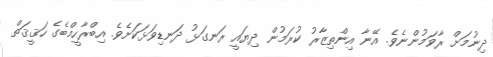
ދިނުމަށް ރާވަމުންނެވެ. އޭނާ އިންތިޒާރު ކުރަމުން ދިޔައީ ރަނގަޅު ދަނޑިވަޅަކަށެވެ. އިބްރާހީމްބެގެ ހަޤީޤަތް